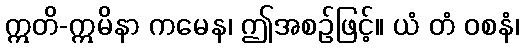
ဣတိ-ဣမိနာ ကမေန၊ ဤအစဉ်ဖြင့်။ ယံ တံ ဝစနံ၊